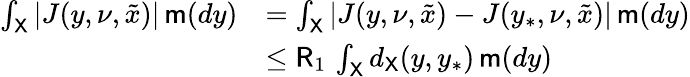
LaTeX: \begin{array}{rl}{\int_{{\mathsf X}}|J(y,\nu,{\tilde{x}})|\, \mathsf{m}(dy)}&{=\int_{{\mathsf X}}|J(y,\nu,{\tilde{x}})-J(y_{*},\nu,{\tilde{x}})|\, \mathsf{m}(dy)}\\ &{\leq\mathsf{R}_{1}\, \int_{{\mathsf X}}d_{{\mathsf X}}(y,y_{*})\, \mathsf{m}(dy)}\end{array}